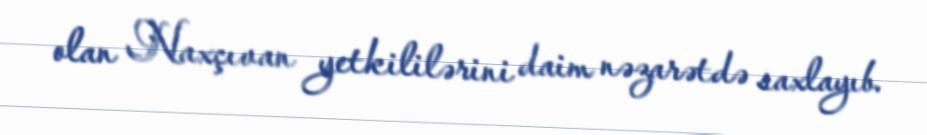
olan Naxçıvan yetkililərini daim nəzarətdə saxlayıb.